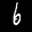
Label: 6